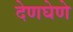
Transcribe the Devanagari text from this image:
देणघेणे